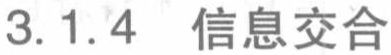
3.1.4 信息交合